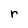
Character: r